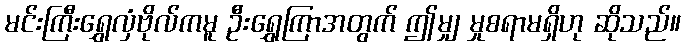
မင်းကြီးရွှေလှံဗိုလ်ကမူ ဦးရွှေကြာအတွက် ဤမျှ မှုစရာမရှိဟု ဆိုသည်။